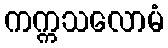
ကက္ကသလောမံ